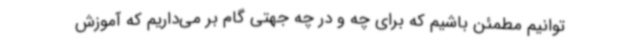
توانیم مطمئن باشیم که برای چه و در چه جهتی گام بر می‌داریم که آموزش